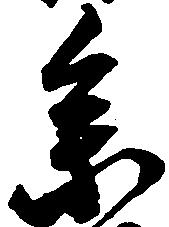
参